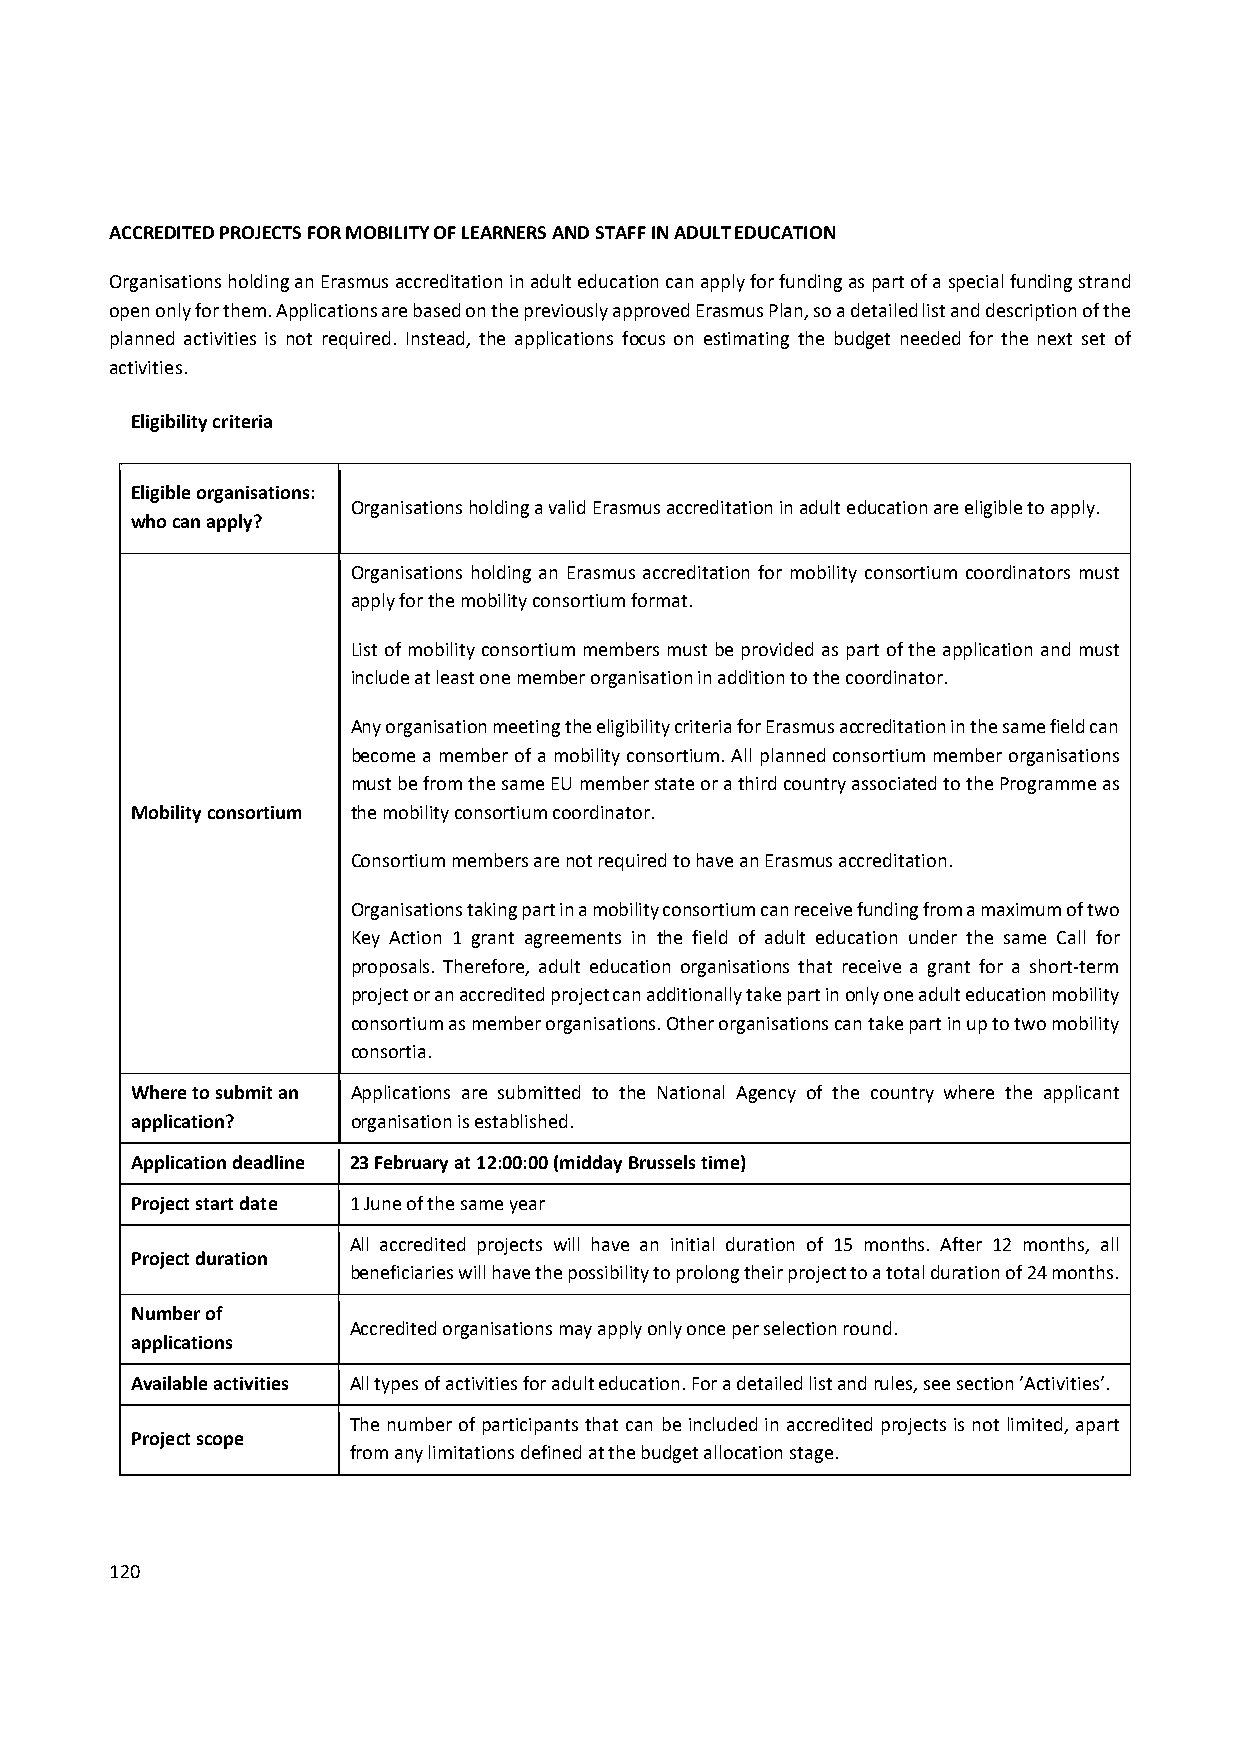
ACCREDITED PROJECTS FOR MOBILITY OF LEARNERS AND STAFF IN ADULT EDUCATION
 Organisations holding an Erasmus accreditation in adult education can apply for funding as part of a special funding strand
 open only for them. Applications are based on the previously approved Erasmus Plan, so a detailed list and description of the
 planned activities is not required. Instead, the applications focus on estimating the budget needed for the next set of
 activities.
 Eligibility criteria
 Eligible organisations:
 Organisations holding a valid Erasmus accreditation in adult education are eligible to apply.
 who can apply?
 Organisations holding an Erasmus accreditation for mobility consortium coordinators must
 apply for the mobility consortium format.
 List of mobility consortium members must be provided as part of the application and must
 include at least one member organisation in addition to the coordinator.
 Any organisation meeting the eligibility criteria for Erasmus accreditation in the same field can
 become a member of a mobility consortium. All planned consortium member organisations
 must be from the same EU member state or a third country associated to the Programme as
 Mobility consortium the mobility consortium coordinator.
 Consortium members are not required to have an Erasmus accreditation.
 Organisations taking part in a mobility consortium can receive funding from a maximum of two
 Key Action 1 grant agreements in the field of adult education under the same Call for
 proposals. Therefore, adult education organisations that receive a grant for a short‐term
 project or an accredited project can additionally take part in only one adult education mobility
 consortium as member organisations. Other organisations can take part in up to two mobility
 consortia.
 Where to submit an Applications are submitted to the National Agency of the country where the applicant
 application?  organisation is established.
 Application deadline 23 February at 12:00:00 (midday Brussels time)
 Project start date 1 June of the same year
 All accredited projects will have an initial duration of 15 months. After 12 months, all
 Project duration
 beneficiaries will have the possibility to prolong their project to a total duration of 24 months.
 Number of
 Accredited organisations may apply only once per selection round.
 applications
 Available activities All types of activities for adult education. For a detailed list and rules, see section ’Activities’.
 The number of participants that can be included in accredited projects is not limited, apart
 Project scope
 from any limitations defined at the budget allocation stage.
 120